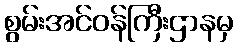
စွမ်းအင်ဝန်ကြီးဌာနမှ